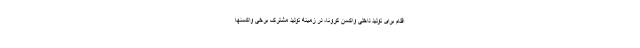
اقدام برای تولید داخلی واکسن کرونا، در زمینه تولید مشترک برخی واکسنها